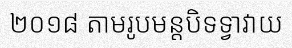
២០១៨ តាមរូបមន្តបិទទ្វាវាយ